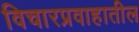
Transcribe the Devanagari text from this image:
विचारप्रवाहातील